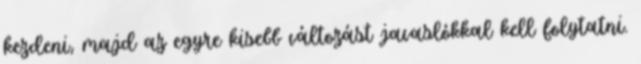
kezdeni, majd az egyre kisebb változást javaslókkal kell folytatni.